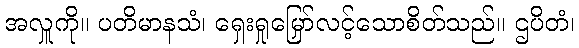
အလှူကို။ ပတိမာနသံ၊ ရှေးရှုမြှော်လင့်သောစိတ်သည်။ ဌပိတံ၊